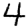
Digit: 4